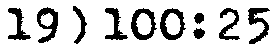
19) 100:25